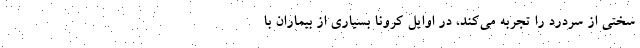
سختی از سردرد را تجربه می‌کند، در اوایل کرونا بسیاری از بیماران با